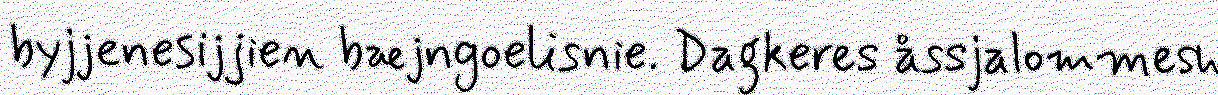
byjjenesijjien bæjngoelisnie. Dagkeres åssjalommesh